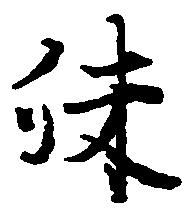
殊